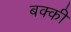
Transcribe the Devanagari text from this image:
बक्की